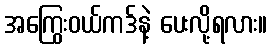
အကြွေးဝယ်ကဒ်နဲ့ ပေးလို့ရလား။